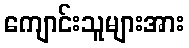
ကျောင်းသူများအား